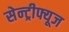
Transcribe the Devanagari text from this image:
सेन्ट्रीफ्यूज